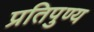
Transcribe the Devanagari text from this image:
प्रतिपुण्य